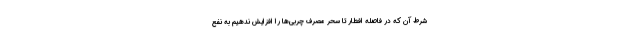
شرط آن که در فاصله افطار تا سحر مصرف چربی‌ها را افزایش ندهیم به نفع